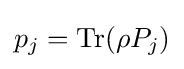
p_{j}=\operatorname {Tr} (\rho P_{j})